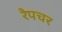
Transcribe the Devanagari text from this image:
रैपचर